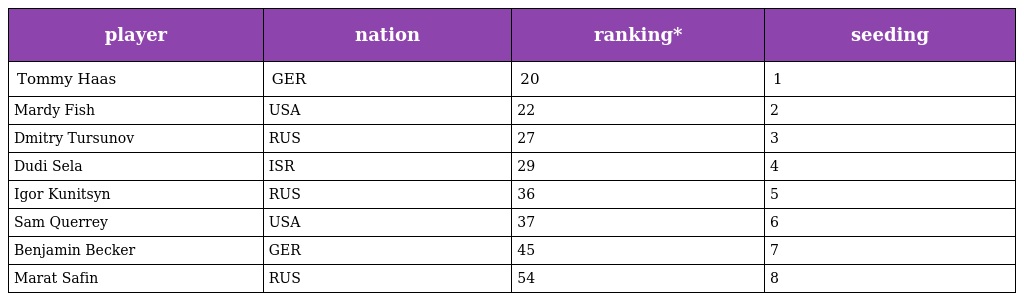
| player | nation | ranking* | seeding |
 | --- | --- | --- | --- |
 | Tommy Haas | GER | 20 | 1 |
 | Mardy Fish | USA | 22 | 2 |
 | Dmitry Tursunov | RUS | 27 | 3 |
 | Dudi Sela | ISR | 29 | 4 |
 | Igor Kunitsyn | RUS | 36 | 5 |
 | Sam Querrey | USA | 37 | 6 |
 | Benjamin Becker | GER | 45 | 7 |
 | Marat Safin | RUS | 54 | 8 |